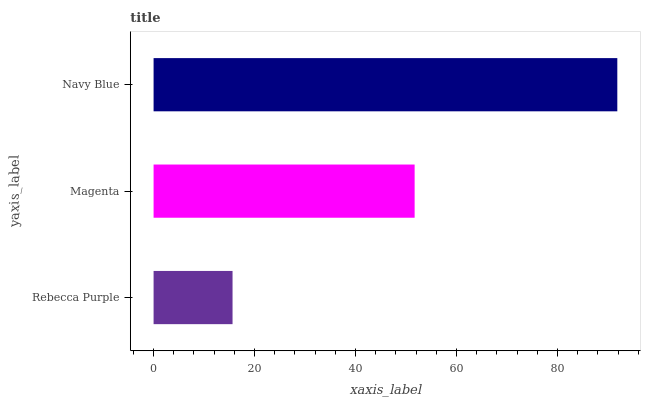
| yaxis_label | bars |
 | --- | --- |
 | Rebecca Purple | 15.6 |
 | Magenta | 51.7 |
 | Navy Blue | 91.9 |